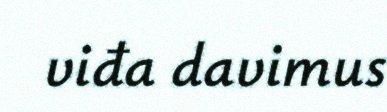
viđa davimus